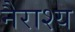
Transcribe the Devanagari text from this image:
नैराश्‍य